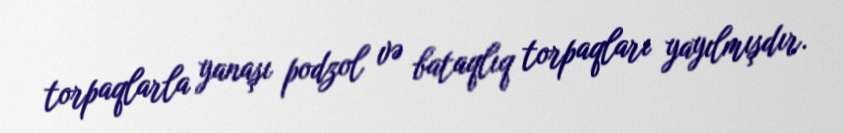
torpaqlarla yanaşı podzol və bataqlıq torpaqları yayılmışdır.